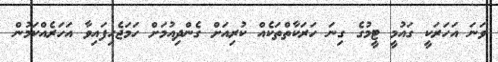
ވަނަ އަހަރަކީ ގައުމީ ޓީމުގެ ގިނަ ހަރަކާތްތަކެއް ކުރިއަށް ގެންދިއުމަށް ހަމަޖެހިފައިވާ އަހަރެއްކަމުން